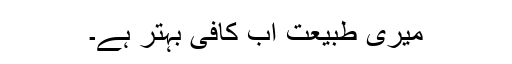
میری طبیعت اب کافی بہتر ہے۔